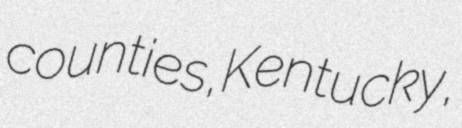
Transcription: counties, Kentucky,